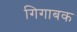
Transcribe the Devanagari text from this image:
गिगाबक